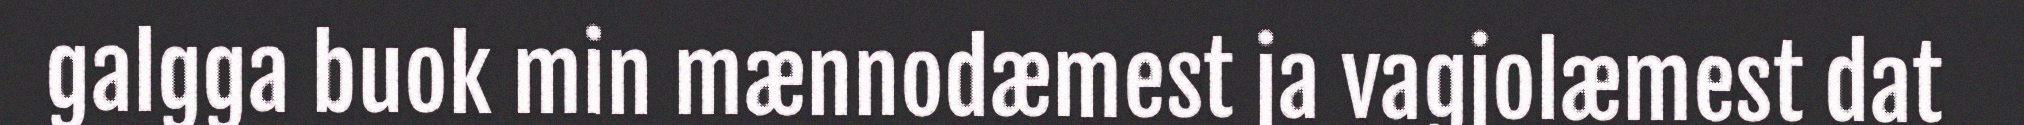
galgga buok min mænnodæmest ja vagjolæmest dat